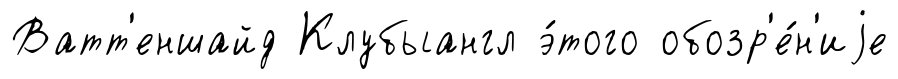
Ватт'еншайд Клубыангл э́того обозр'е́н'иjе